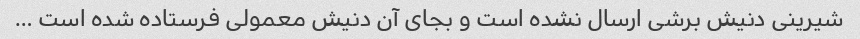
شیرینی دنیش برشی ارسال نشده است و بجای آن دنیش معمولی فرستاده شده است …